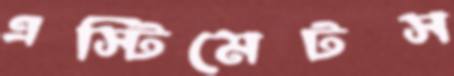
এস্টিমেটস